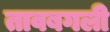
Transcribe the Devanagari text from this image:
तावबगली